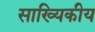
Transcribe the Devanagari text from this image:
साख्यिकीय